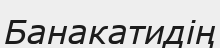
Банакатидің